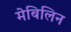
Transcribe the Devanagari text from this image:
मेबिलिन